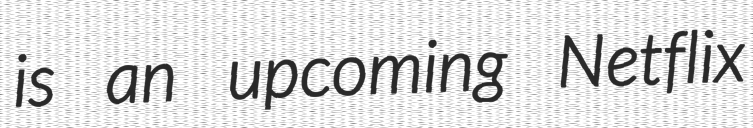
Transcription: is an upcoming Netflix